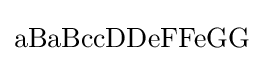
\mathrm {aBaBccDDeFFeGG}